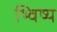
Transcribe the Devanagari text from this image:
भ्विष्य